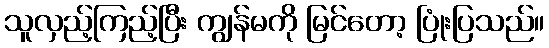
သူလှည့်ကြည့်ပြီး ကျွန်မကို မြင်တော့ ပြုံးပြသည်။